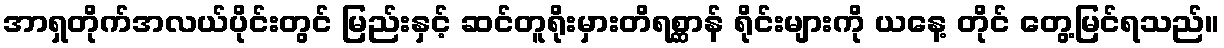
အာရှတိုက်အလယ်ပိုင်းတွင် မြည်းနှင့် ဆင်တူရိုးမှားတိရစ္ဆာန် ရိုင်းများကို ယနေ့ တိုင် တွေ့မြင်ရသည်။